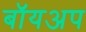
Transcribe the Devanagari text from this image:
बॉयअप